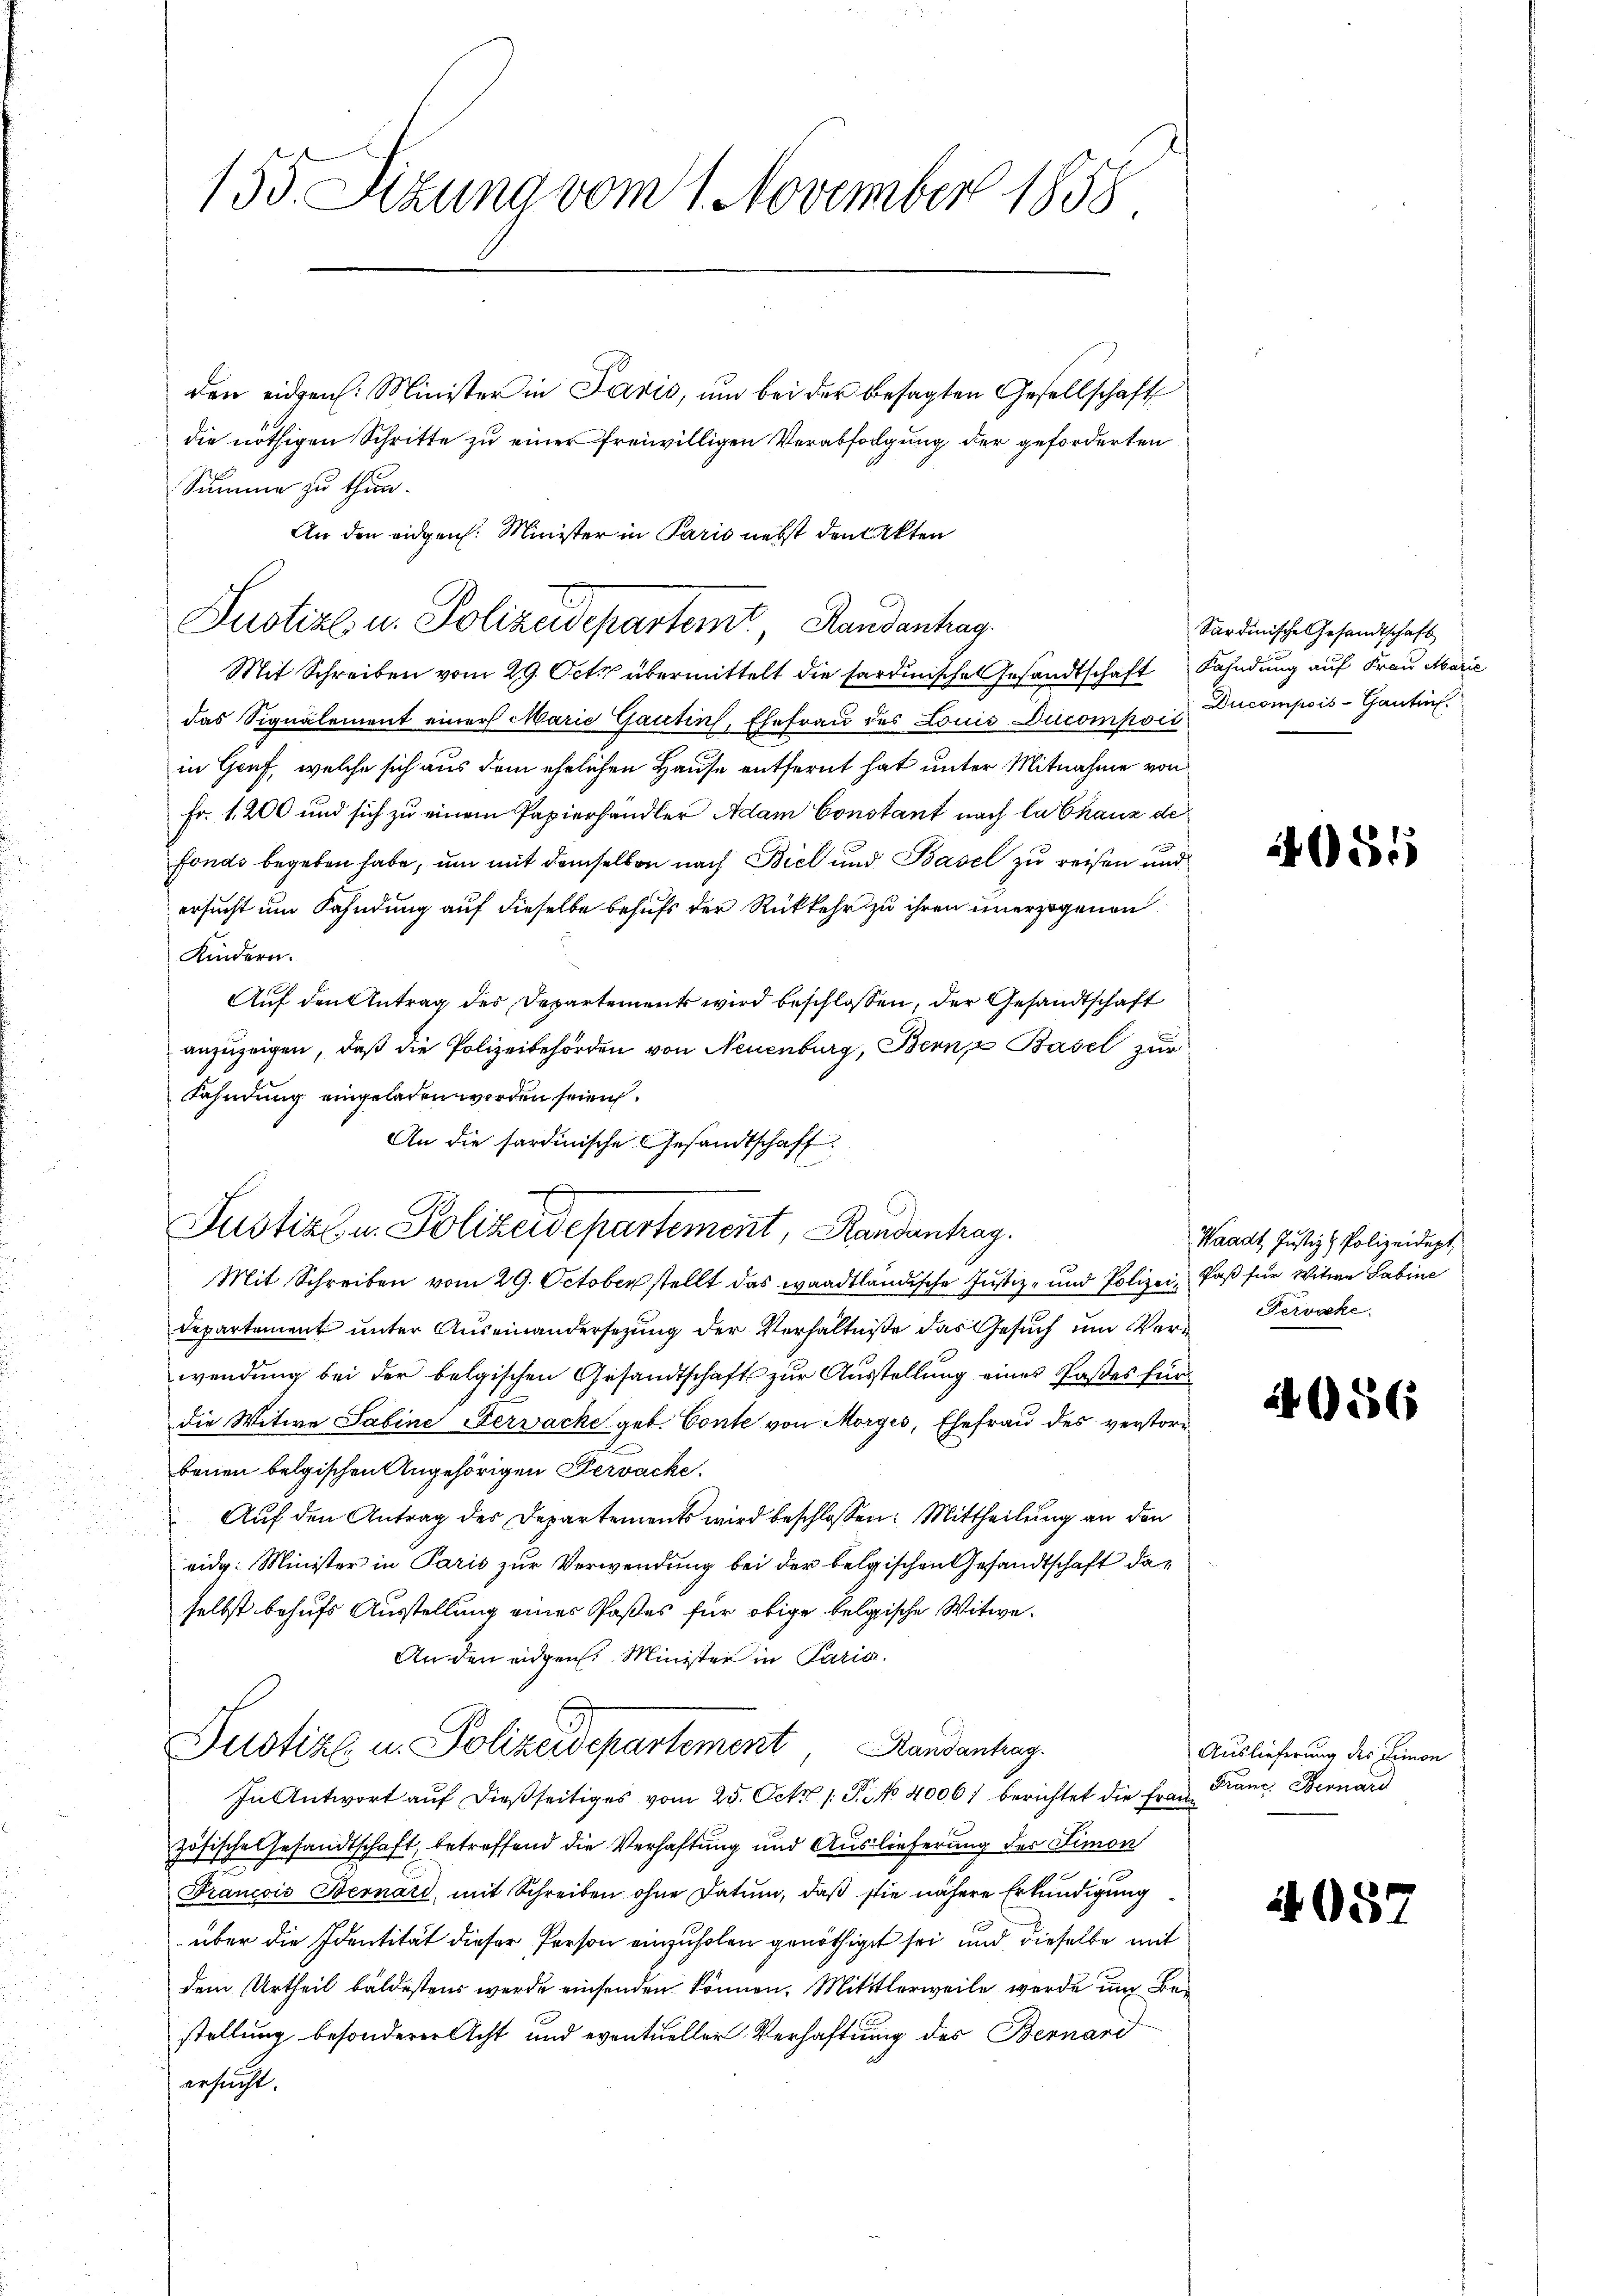
155. Sizung vom 1. November 1858

den eidgen. Minister in Paris, um bei der besagten Gesellschaft
die nöthigen Schritte zu einer freiwilligen Verabfolgung der geforderten
Summe zu thun.
An den eidgen. Minister in Paris nebst den Akten

Justiz u. Polizeidepartemit, Handenhag

Justiz- u. Polizeidepartement, Randantrag.

Mit Schreiben vom 29. Oct. übermittelt die sardinische Gesandtschaft Fahndung auf Frau Marie
das Signalement einer Marie Gantin, Ehefrau des Louis Ducompost Ducompois-Gantin
in Genf, welche sich aus dem ehelichen Hause entfernt hat unter Mitnahme von
Fr. 1200 und sich zu einem Papierhändler Adam Constant nach labhanz de
Fonds begeben habe, um mit demselben nach Biel und Basel zu reisen und
ersucht um Fahndung auf dieselbe behufs der Rückkehr zu ihren unerzogenen
Kindern.
Auf den Antrag der Departement wird beschlossen, der Gesandtschaft
anzuzeigen, daß die Polizeibehörden von Neuenburg, Bern Basel zur
Fahndung eingeladen werden seien.
An die sardinische Gesandtschaft

Mit Schreiben vom 29. October stellt das waadtländische Justiz- und Polizei, daß für Witwe Sabine
Departement unter Auseinandersezung der Verhältniße das Gesuch um Ver- Pervake
wendung bei der belgischen Gesandtschaft zur Ausstellung eines Paßes für
die Witwe Sabine Servacke geb. Conte von Morges, Ehefrau des verstor-
benen belgischen Angehörigen Pervácke.
Auf den Antrag des Departements wird beschlossen: Mittheilung an den
eidg. Minister in Paris zur Verwendung bei der belgischen Gesandtschaft daselbst behufs Ausstellung eines Paßes für obige belgische Witwe¬
An den eidgen. Minister in Paris.
Justiz u. Polizeidepartement Handenhag
In Antwort auf dießseitiges vom 25. Oct. 1. P. Nr. 4006) berichtet die Frau Franz. Bernard
zösische Gesandtschaft, betreffend die Verhaftung und Auslieferung der Limon
Francois Bernard, mit Schreiben ohne Datum, daß sie nähere Erkundigung
über die Identität dieser Person einzuholen genöthiget sei und dieselbe mit
dem Urtheil bäldestens werde einsenden können. Mittlerweile werde um Bestellung besonderer Acht und eventueller Verhaftung des Bernard
ersucht.

Sardinische Gesandtschaft

1055

Waadt, Justiz & Polizeidept

2056

Auslieferung der Limon

4 057